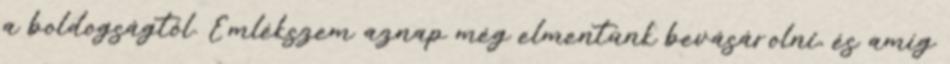
a boldogságtól. Emlékszem aznap még elmentünk bevásárolni, és amíg